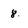
Character: 8